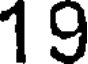
19